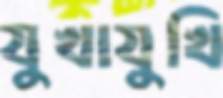
যুখাযুখি